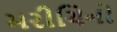
મરીચિનો